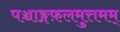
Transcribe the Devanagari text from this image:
पञ्चाङ्गफ़लमुत्तमम्